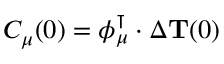
C _ { \mu } ( 0 ) = \boldsymbol { \phi } _ { \mu } ^ { \intercal } \cdot \Delta { { \bf T } } ( 0 )